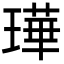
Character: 璍